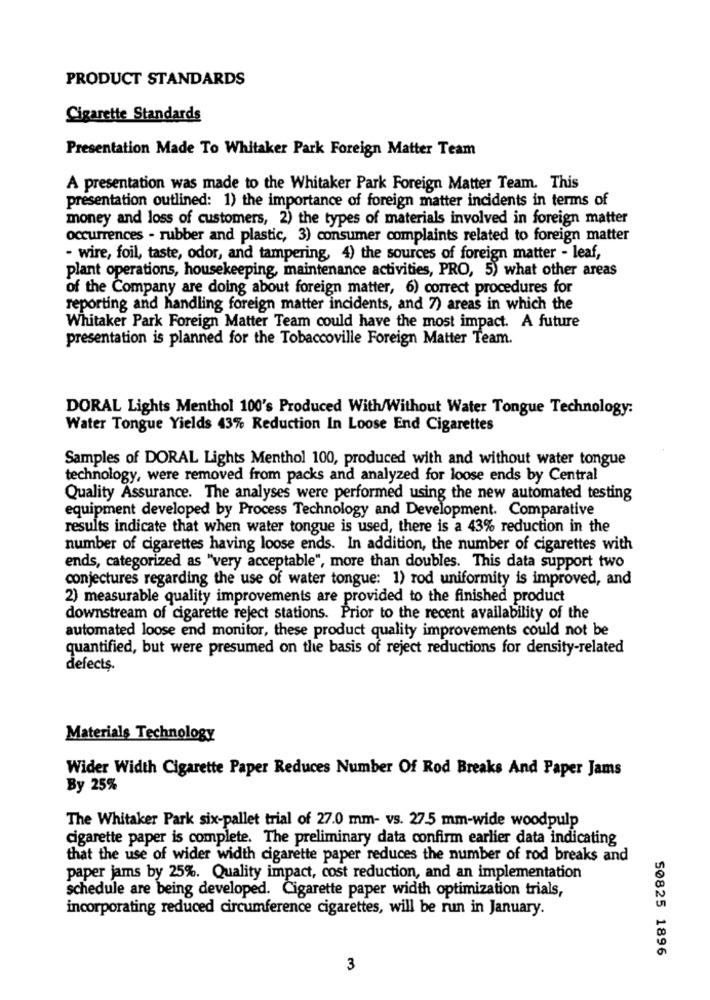
PRODUCT STANDARDS
Cigarette Standards
Presentation Made To Whitaker Park Foreign Matter Team
A presentation was made to the Whitaker Park Foreign Matter Team. This
presentation outlined: 1) the importance of foreign matter incidents in terms of
money and loss of customers, 2) the types of materials involved in foreign matter
occurrences - rubber and plastic, 3) consumer complaints related to foreign matter
- wire, foil, taste, odor, and tampering, 4) the sources of foreign matter - leaf,
plant operations, housekeeping, maintenance activities, PRO, 5) what other areas
of the Company are doing about foreign matter, 6) correct procedures for
reporting and handling foreign matter incidents, and 7) areas in which the
Whitaker Park Foreign Matter Team could have the most impact. A future
presentation is planned for the Tobaccoville Foreign Matter Team.
DORAL Lights Menthol 100's Produced With/Without Water Tongue Technology:
Water Tongue Yields 43% Reduction In Loose End Cigarettes
Samples of DORAL Lights Menthol 100, produced with and without water tongue
technology, were removed from packs and analyzed for loose ends by Central
Quality Assurance. The analyses were performed using the new automated testing
equipment developed by Process Technology and Development. Comparative
results indicate that when water tongue is used, there is a 43% reduction in the
number of cigarettes having loose ends. In addition, the number of cigarettes with
ends, categorized as "very acceptable", more than doubles. This data support two
conjectures regarding the use of water tongue: 1) rod uniformity is improved, and
2) measurable quality improvements are provided to the finished product
downstream of cigarette reject stations. Prior to the recent availability of the
automated loose end monitor, these product quality improvements could not be
quantified, but were presumed on the basis of reject reductions for density-related
defects.
Materials Technology
Wider Width Cigarette Paper Reduces Number Of Rod Breaks And Paper Jams
By 25%
The Whitaker Park six-pallet trial of 27.0 mm- vs. 27.5 mm-wide woodpulp
cigarette paper is complete. The preliminary data confirm earlier data indicating
that the use of wider width cigarette paper reduces the number of rod breaks and
paper jams by 25%. Quality impact, cost reduction, and an implementation
schedule are being developed. Cigarette paper width optimization trials,
incorporating reduced circumference cigarettes, will be run in January.
50825 1896
3